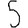
Digit: 5